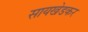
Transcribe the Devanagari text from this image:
सायखेडकर